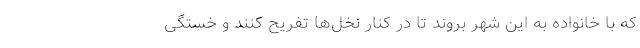
که با خانواده به این شهر بروند تا در کنار نخل‌ها تفریح کنند و خستگی